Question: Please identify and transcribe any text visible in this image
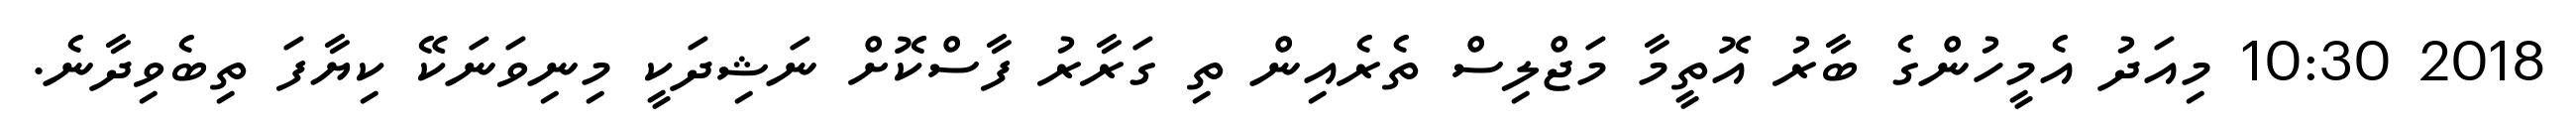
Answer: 2018 10:30 މިއަދު އެމީހުންގެ ބާރު އޮތީމާ މަޖްލިސް ތެރެއިން ތި ގަރާރު ފާސްކޮށް ނަޝިދަކީ މިނިވަނަކޭ ކިޔާފަ ތިބެވިދާނެ.